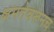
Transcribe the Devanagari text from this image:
क्षमतेवरूनच